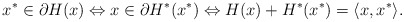
\begin{align*} x^* \in \partial H(x) \Leftrightarrow x \in \partial H^*(x^*) \Leftrightarrow H(x) + H^*(x^*) = \langle x, x^*\rangle.\end{align*}